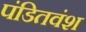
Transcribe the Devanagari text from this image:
पंडितवंश